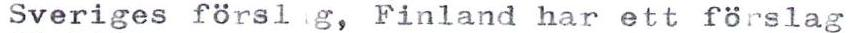
Sveriges försl g, Finland har ett förslag